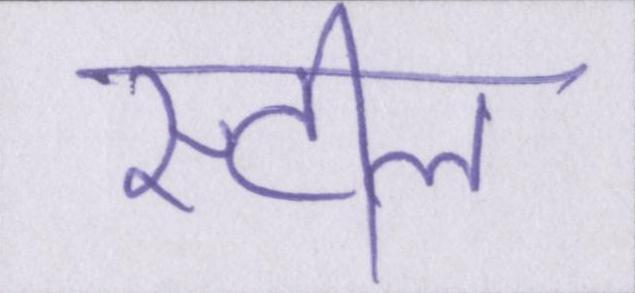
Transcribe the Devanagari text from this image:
स्टील